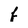
Character: f